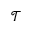
\mathcal { T }